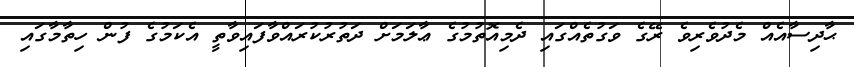
ޙާދިސާއެއް މެދުވެރިވެ ރޭގެ ވަގުތެއްގައި ދެމިއޮތުމުގެ ޢާލަމަށް ދަތުރުކުރައްވާފައިވާތީ އެކަމުގެ ފުން ހިތާމާގައި